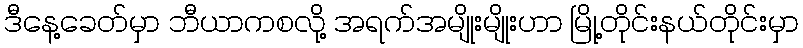
ဒီနေ့ခေတ်မှာ ဘီယာကစလို့ အရက်အမျိုးမျိုးဟာ မြို့တိုင်းနယ်တိုင်းမှာ